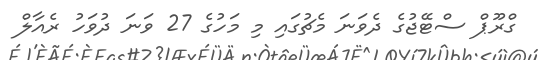
ގްރޫޕް ސްޓޭޖުގެ ދެވަނަ މެޗުގައި މި މަހުގެ 27 ވަނަ ދުވަހު ރެއާލް